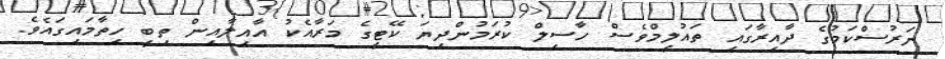
ނަރުސްކަމުގެ ދާއިރާގައި ތައުލީމްވެސް ހާސިލް ކުރަމުންދިޔަ ކޭޓީގެ މަރާއެކު އާއިލާއިން ތިބީ ހިތާމައިގައެވެ.